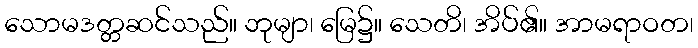
သောမဒတ္တဆင်သည်။ ဘုမျာ၊ မြေ၌။ သေတိ၊ အိပ်၏။ အာမရာဝတ၊